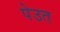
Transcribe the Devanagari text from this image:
पेउत